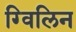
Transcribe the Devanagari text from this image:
ग्विलिन